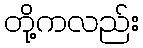
တို့ကလည်း